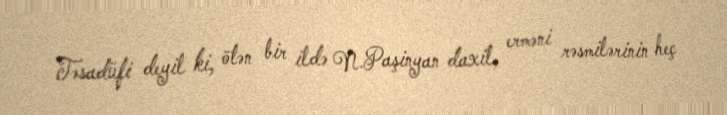
Təsadüfi deyil ki, ötən bir ildə N.Paşinyan daxil, erməni rəsmilərinin heç